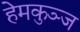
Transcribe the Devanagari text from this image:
हेमकुञ्ज